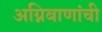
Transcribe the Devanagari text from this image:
अग्निबाणांची